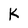
Character: K